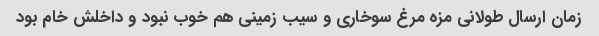
زمان ارسال طولانی مزه مرغ سوخاری و سیب زمینی هم خوب نبود و داخلش خام بود